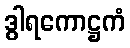
ဒွါရကောဋ္ဌကံ